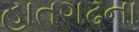
હાતગઢના